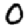
Digit: 0